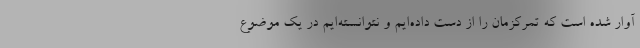
آوار شده است که تمرکزمان را از دست داده‌ایم و نتوانسته‌ایم در یک موضوع